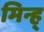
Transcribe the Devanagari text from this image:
मिन्ह्